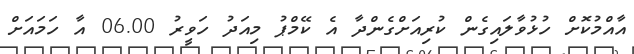
އާއްމުކޮށް ހުޅުވާލައިގެން ކުރިއަށްގެންދާ އެ ކޭމްޕު މިއަދު ހަވީރު 06.00 އާ ހަމައަށް